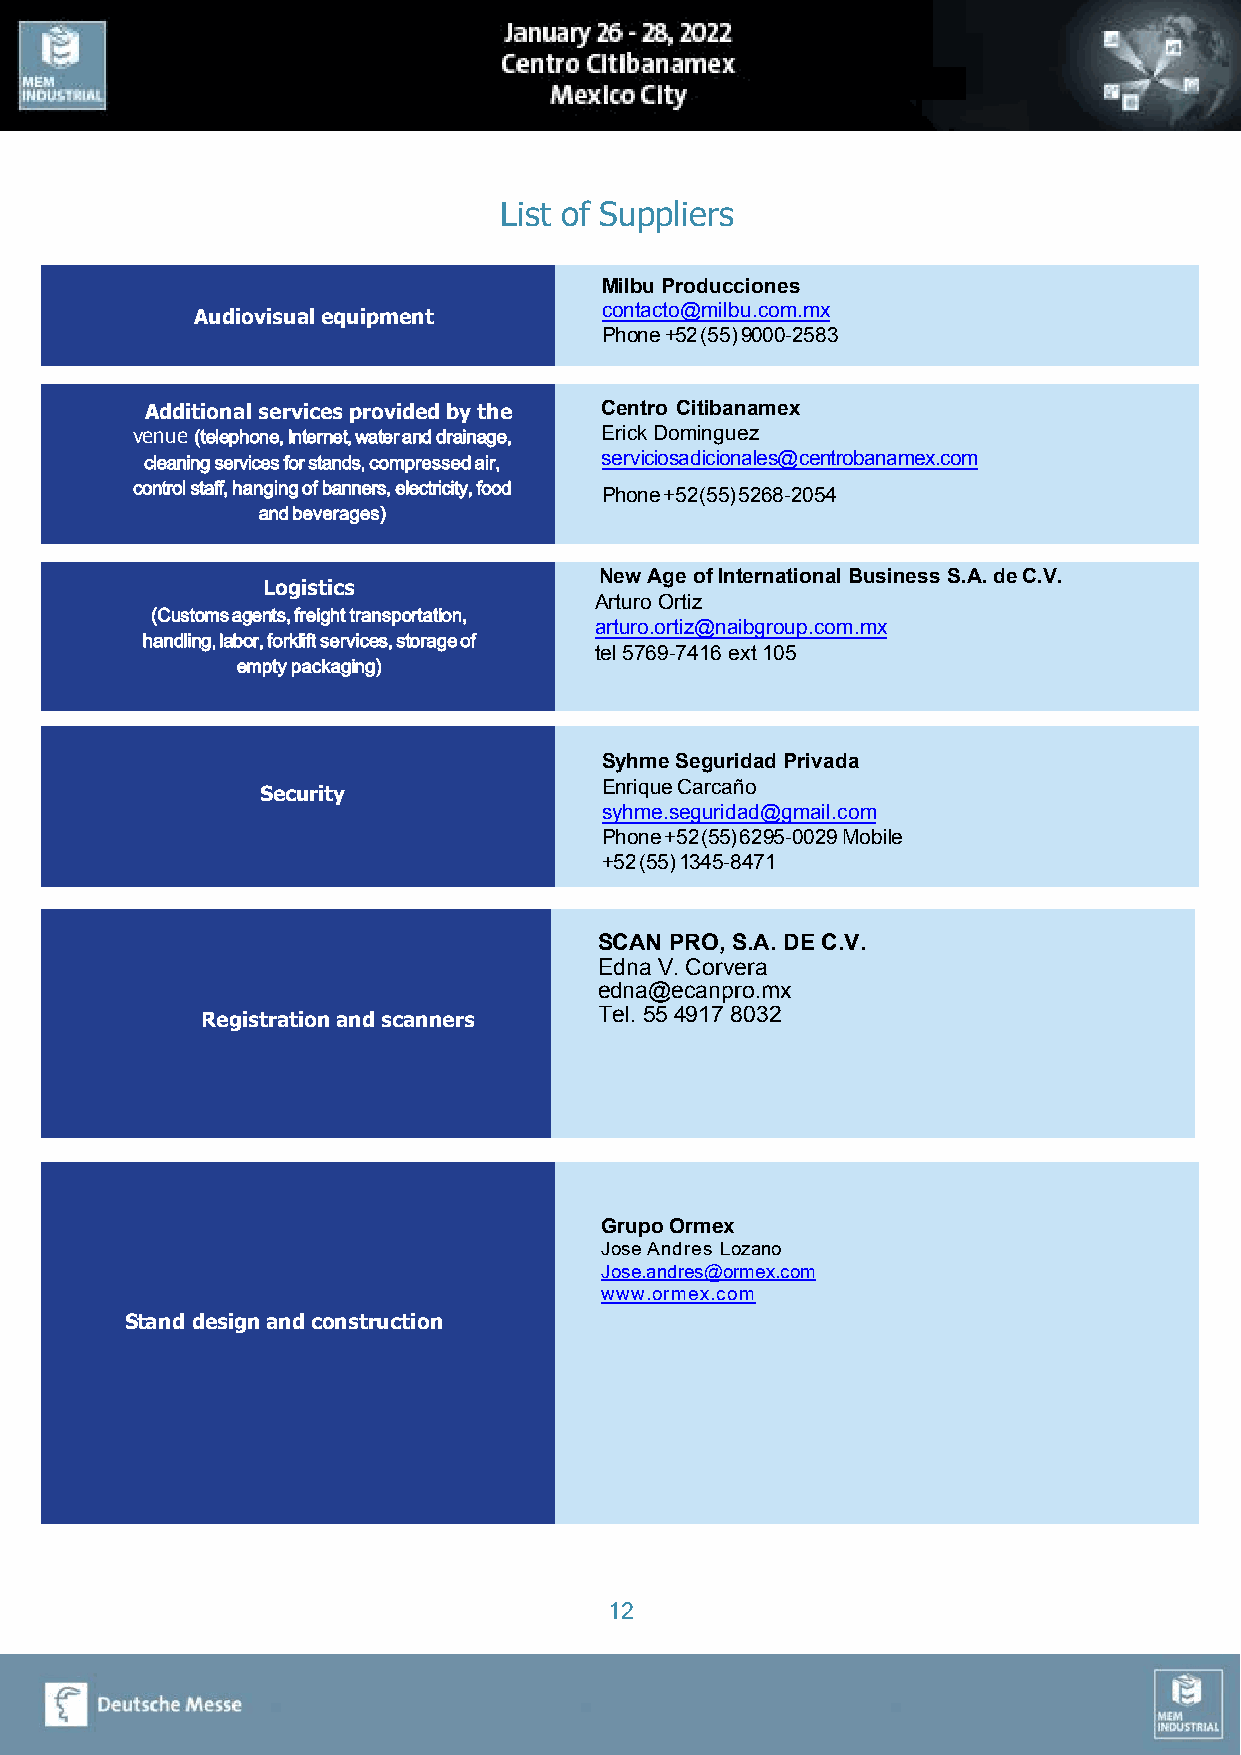
List of Suppliers
 Milbu Producciones
 Audiovisual equipment      contacto@milbu.com.mx
 Phone +52 (55) 9000-2583
 Additional services provided by the Centro Citibanamex
 venue (telephone, Internet, water and drainage, Erick Dominguez
 cleaning services for stands, compressed air, serviciosadicionales@centrobanamex.com
 control staff, hanging of banners, electricity, food Phone +52 (55) 5268-2054
 and beverages)
 New Age of International Business S.A. de C.V.
 Logistics
 Arturo Ortiz
 (Customs agents, freight transportation,
 arturo.ortiz@naibgroup.com.mx
 handling, labor, forklift services, storage of
 tel 5769-7416 ext 105
 empty packaging)
 Syhme Seguridad Privada
 Security               Enrique Carcaño
 syhme.seguridad@gmail.com
 Phone +52 (55) 6295-0029 Mobile
 +52 (55) 1345-8471
 SCAN PRO, S.A. DE C.V.
 Edna V. Corvera
 edna@ecanpro.mx
 Registration and scanners  Tel. 55 4917 8032
 Grupo Ormex
 Jose Andres Lozano
 Jose.andres@ormex.com
 www.ormex.com
 Stand design and construction
 12